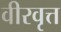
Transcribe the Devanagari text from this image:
वीरवृत्त